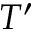
T ^ { \prime }